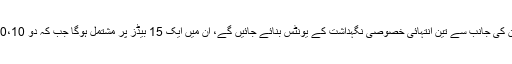
پرتگال میں کرسٹیانو رونالڈو نے اپنی خدمات پیش کی ہیں، ان کی جانب سے تین انتہائی خصوصی نگہداشت کے یونٹس بنائے جائیں گے، ان میں ایک 15 بیڈز پر مشتمل ہوگا جب کہ دو 10،10 بیڈز والے انتہائی خصوصی نگہداشت کے یونٹس ہوں گے۔